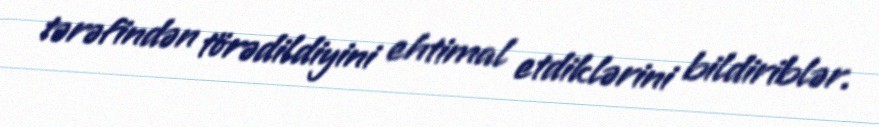
tərəfindən törədildiyini ehtimal etdiklərini bildiriblər.